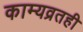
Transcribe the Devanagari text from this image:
काम्यव्रतही